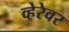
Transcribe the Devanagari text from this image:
व्हेरेवर